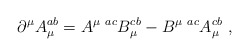
\begin{align*} {\partial}^\mu A_\mu^{ab}= A^{\mu~ ac} B_\mu^{cb}-B^{\mu~ ac}A_\mu^{cb}~,\end{align*}